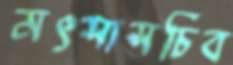
মৎস্যসচিব